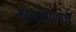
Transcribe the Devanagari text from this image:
मानाप्रीत्यर्थ